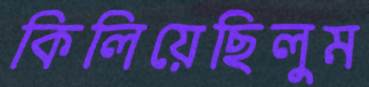
কিলিয়েছিলুম